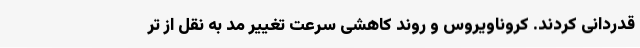
قدردانی کردند. کروناویروس و روند کاهشی سرعت تغییر مد به نقل از تر